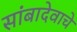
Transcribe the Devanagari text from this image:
सांबादेवाचे